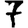
Digit: 7